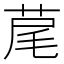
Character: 荱